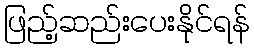
ဖြည့်ဆည်းပေးနိုင်ရန်